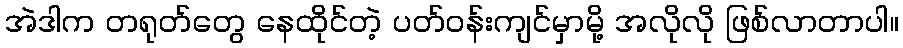
အဲဒါက တရုတ်တွေ နေထိုင်တဲ့ ပတ်ဝန်းကျင်မှာမို့ အလိုလို ဖြစ်လာတာပါ။